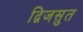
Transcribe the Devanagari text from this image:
द्विजसुत